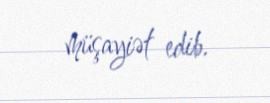
müşayiət edib.